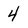
Character: 4